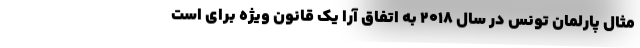
مثال پارلمان تونس در سال ۲۰۱۸ به اتفاق آرا یک قانون ویژه برای است